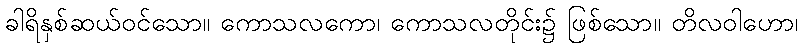
ခါရိနှစ်ဆယ်ဝင်သော။ ကောသလကော၊ ကောသလတိုင်း၌ ဖြစ်သော။ တိလဝါဟော၊